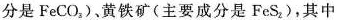
分是FeCO_{3})，黄铁矿(主要成分是FeS_{2})，其中